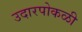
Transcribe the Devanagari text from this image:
उदारपोकळी